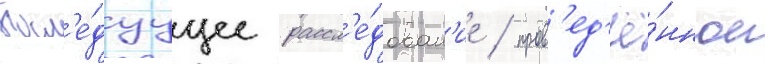
Посл'е́дуущее рассл'е́дован'ие / пров'ед'ё́нное